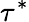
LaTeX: \tau^{*}